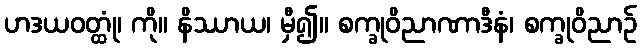
ဟဒယဝတ္ထုံ၊ ကို။ နိဿာယ၊ မှီ၍။ စက္ခုဝိညာဏာဒီနံ၊ စက္ခုဝိညာဉ်